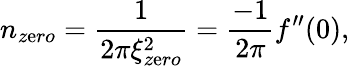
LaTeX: n_{z\mathrm{e}ro}=\frac{{1}}{{2\pi\xi_{z\mathrm{e}ro}^{2}}}=\frac{{-1}}{{2\pi}}f^{\prime\prime}(0),